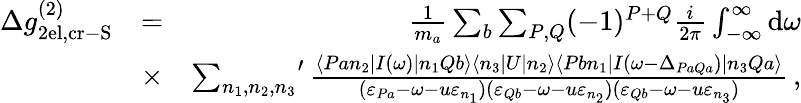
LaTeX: \begin{array}{rlr}{\Delta g_{\mathrm{2el,cr-S}}^{(2)}}&{=}&{\frac{1}{m_{a}}\sum_{b}\sum_{P,Q}(-1)^{P+Q}\frac{i}{2\pi}\int_{-\infty}^{\infty}\mathrm{d}\omega}\\ &{\times}&{{\sum_{n_{1},n_{2},n_{3}}}^{\prime}\, \frac{\langle Pan_{2}|I(\omega)|n_{1}Qb\rangle\langle n_{3}|U|n_{2}\rangle\langle Pbn_{1}|I(\omega-\Delta_{PaQa})|n_{3}Qa\rangle}{(\varepsilon_{Pa}-\omega-u\varepsilon_{n_{1}})(\varepsilon_{Qb}-\omega-u\varepsilon_{n_{2}})(\varepsilon_{Qb}-\omega-u\varepsilon_{n_{3}})}\, ,}\end{array}